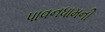
પાવનધામની